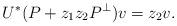
LaTeX: \begin{align*}U^*(P+z_1z_2P^\perp)v=z_2v.\end{align*}